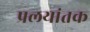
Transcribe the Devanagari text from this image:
प्रलयांतक